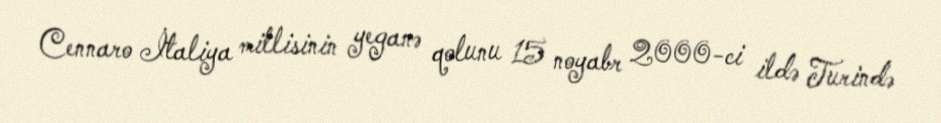
Cennaro İtaliya millisinin yeganə qolunu 15 noyabr 2000-ci ildə Turində